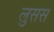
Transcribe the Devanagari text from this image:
लुसस